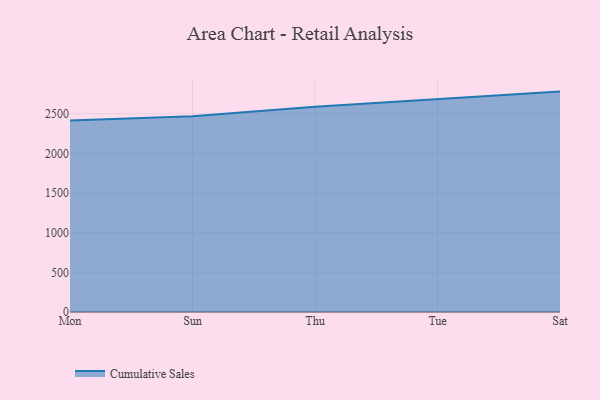
{"axis": {"x": "Day", "y": "LTV (USD)"}, "legend": ["Cumulative Sales"], "data": [{"x": "Mon", "y": 2413.8, "type": "Cumulative Sales"}, {"x": "Sun", "y": 2467.0, "type": "Cumulative Sales"}, {"x": "Thu", "y": 2587.4, "type": "Cumulative Sales"}, {"x": "Tue", "y": 2681.4, "type": "Cumulative Sales"}, {"x": "Sat", "y": 2778.7, "type": "Cumulative Sales"}]}